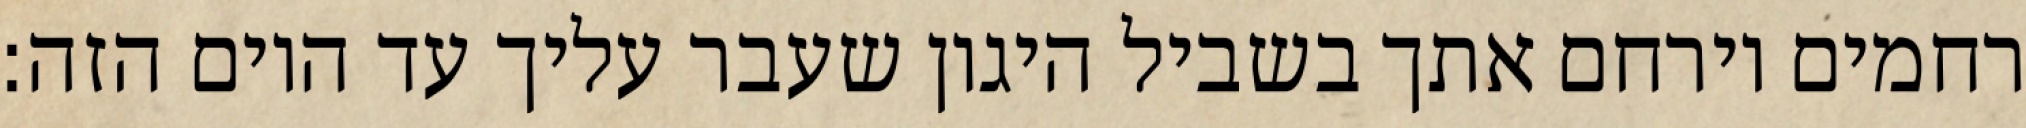
רחמים וירחם אתך בשביל היגון שעבר עליך עד היום הזה: